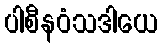
ပါစီနဝံသဒါယေ